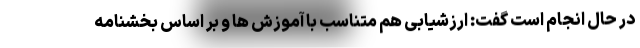
در حال انجام است گفت: ارزشیابی هم متناسب با آموزش ها و بر اساس بخشنامه